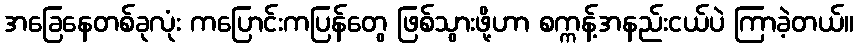
အခြေနေတစ်ခုလုံး ကပြောင်းကပြန်တွေ ဖြစ်သွားဖို့ဟာ စက္ကန့်အနည်းငယ်ပဲ ကြာခဲ့တယ်။